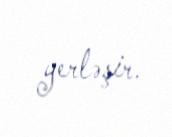
yerləşir.